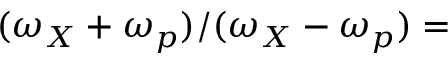
( \omega _ { X } + \omega _ { p } ) / ( \omega _ { X } - \omega _ { p } ) =